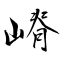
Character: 嵴